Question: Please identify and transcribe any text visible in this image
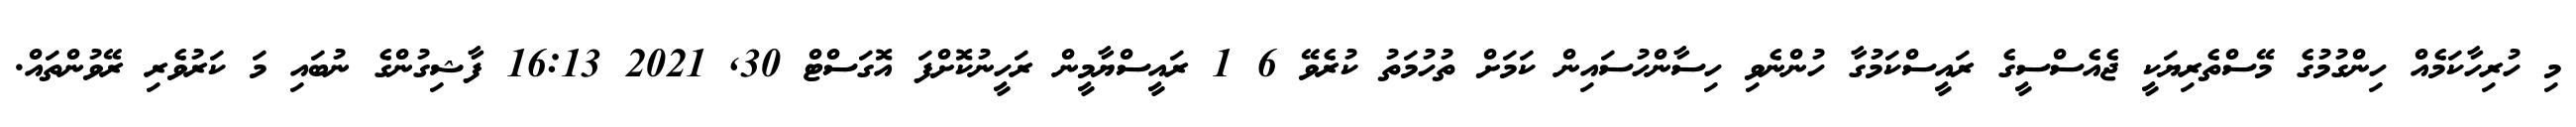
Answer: މި ހުރިހާކަމެއް ހިންގުމުގެ މޭސްތެރިޔަކީ ޖެއެސްސީގެ ރައީސްކަމުގާ ހުންނެވި ހިސާންހުސައިން ކަމަށް ތުހުމަތު ކުރެވޭ 6 1 ރައީސްޔާމީން ރަހީނުކޮށްފަ އޮގަސްޓް 30, 2021 16:13 ފާޝިގުންގެ ނުބައި މަ ކަރުވެރި ރޭވުންތައް.